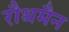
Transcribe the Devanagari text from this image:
रौथमैन